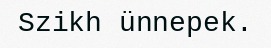
Szikh ünnepek.